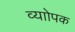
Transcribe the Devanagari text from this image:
व्याोपक